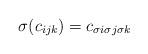
LaTeX: \begin{align*} \sigma(c_{ijk}) = c_{\sigma i\sigma j\sigma k} \end{align*}